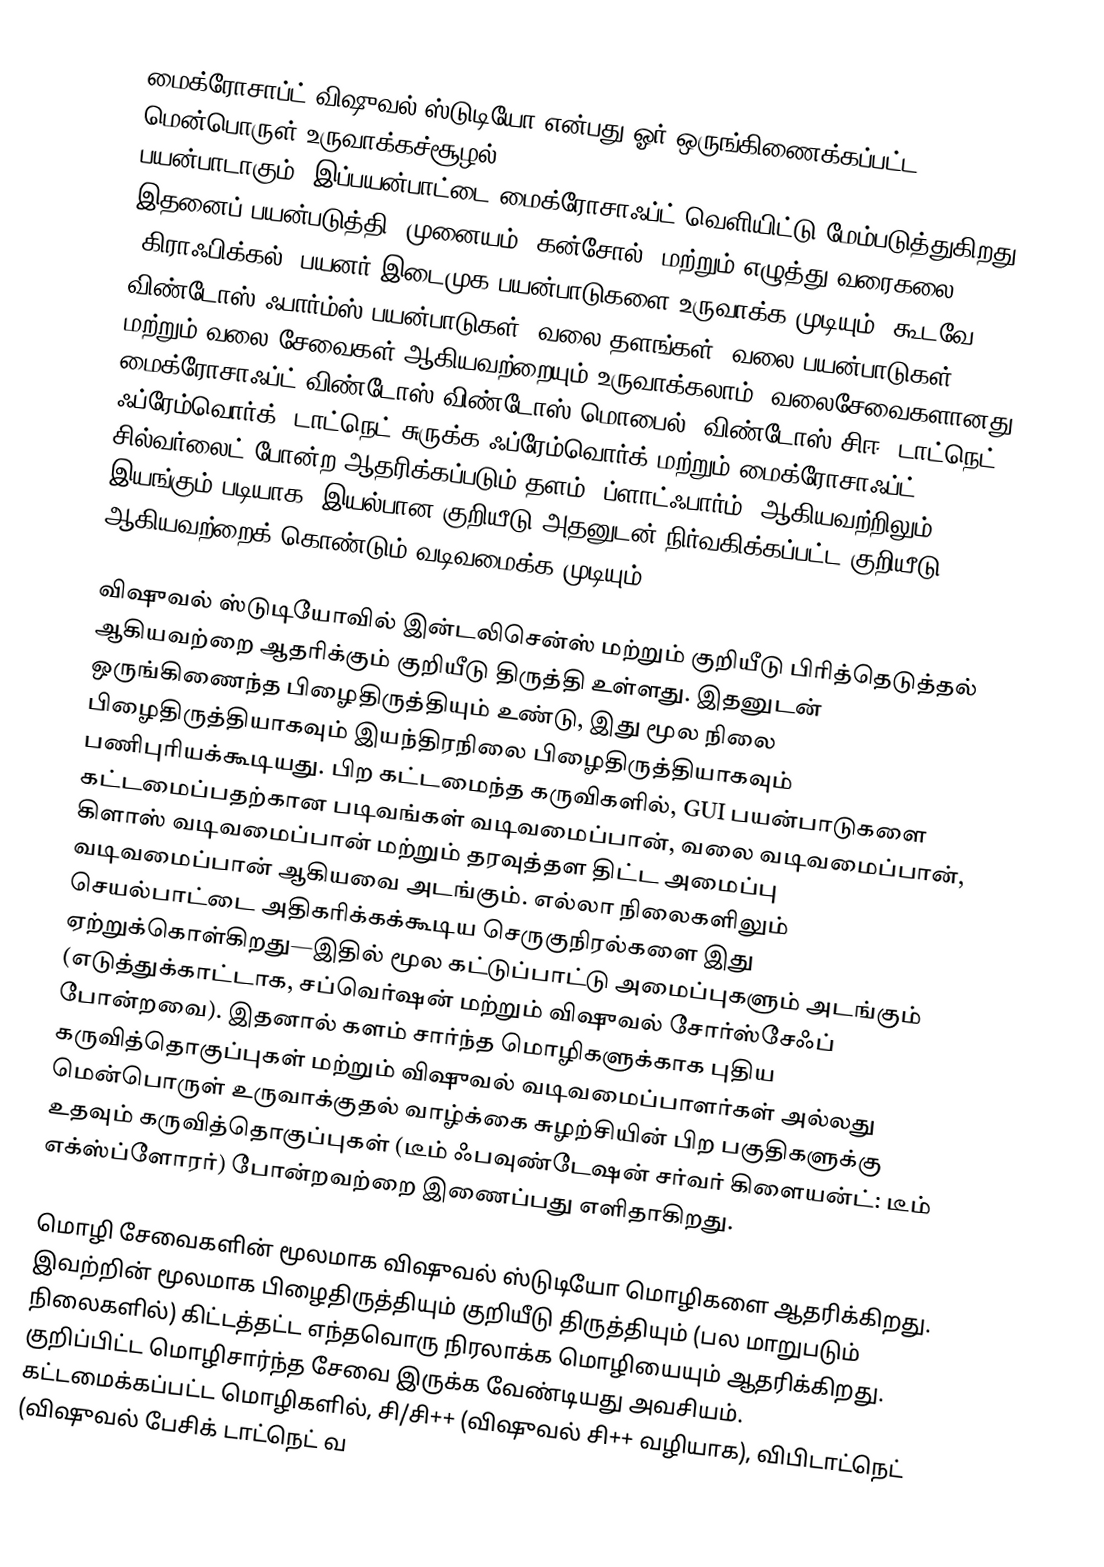
மைக்ரோசாப்ட் விஷுவல் ஸ்டுடியோ என்பது ஓர் ஒருங்கிணைக்கப்பட்ட மென்பொருள் உருவாக்கச்சூழல் (Integrated Development Environment - IDE) பயன்பாடாகும். இப்பயன்பாட்டை மைக்ரோசாஃப்ட் வெளியிட்டு மேம்படுத்துகிறது. இதனைப் பயன்படுத்தி, முனையம் (கன்சோல்) மற்றும் எழுத்து வரைகலை (கிராஃபிக்கல்) பயனர் இடைமுக பயன்பாடுகளை உருவாக்க முடியும், கூடவே விண்டோஸ் ஃபார்ம்ஸ் பயன்பாடுகள், வலை தளங்கள், வலை பயன்பாடுகள் மற்றும் வலை சேவைகள் ஆகியவற்றையும் உருவாக்கலாம். வலைசேவைகளானது மைக்ரோசாஃப்ட் விண்டோஸ் விண்டோஸ் மொபைல், விண்டோஸ் சிஈ, டாட்நெட் ஃப்ரேம்வொர்க், டாட்நெட் சுருக்க ஃப்ரேம்வொர்க் மற்றும் மைக்ரோசாஃப்ட் சில்வர்லைட் போன்ற ஆதரிக்கப்படும் தளம் (ப்ளாட்ஃபார்ம்) ஆகியவற்றிலும் இயங்கும் படியாக, இயல்பான குறியீடு அதனுடன் நிர்வகிக்கப்பட்ட குறியீடு ஆகியவற்றைக் கொண்டும் வடிவமைக்க முடியும்.

விஷுவல் ஸ்டுடியோவில் இன்டலிசென்ஸ் மற்றும் குறியீடு பிரித்தெடுத்தல் ஆகியவற்றை ஆதரிக்கும் குறியீடு திருத்தி உள்ளது. இதனுடன் ஒருங்கிணைந்த பிழைதிருத்தியும் உண்டு, இது மூல நிலை பிழைதிருத்தியாகவும் இயந்திரநிலை பிழைதிருத்தியாகவும் பணிபுரியக்கூடியது. பிற கட்டமைந்த கருவிகளில், GUI பயன்பாடுகளை கட்டமைப்பதற்கான படிவங்கள் வடிவமைப்பான், வலை வடிவமைப்பான், கிளாஸ் வடிவமைப்பான் மற்றும் தரவுத்தள திட்ட அமைப்பு வடிவமைப்பான் ஆகியவை அடங்கும். எல்லா நிலைகளிலும் செயல்பாட்டை அதிகரிக்கக்கூடிய செருகுநிரல்களை இது ஏற்றுக்கொள்கிறது—இதில் மூல கட்டுப்பாட்டு அமைப்புகளும் அடங்கும் (எடுத்துக்காட்டாக, சப்வெர்ஷன் மற்றும் விஷுவல் சோர்ஸ்சேஃப் போன்றவை). இதனால் களம் சார்ந்த மொழிகளுக்காக புதிய கருவித்தொகுப்புகள் மற்றும் விஷுவல் வடிவமைப்பாளர்கள் அல்லது மென்பொருள் உருவாக்குதல் வாழ்க்கை சுழற்சியின் பிற பகுதிகளுக்கு உதவும் கருவித்தொகுப்புகள் (டீம் ஃபவுண்டேஷன் சர்வர் கிளையன்ட்: டீம் எக்ஸ்ப்ளோரர்) போன்றவற்றை இணைப்பது எளிதாகிறது.

மொழி சேவைகளின் மூலமாக விஷுவல் ஸ்டுடியோ மொழிகளை ஆதரிக்கிறது. இவற்றின் மூலமாக பிழைதிருத்தியும் குறியீடு திருத்தியும் (பல மாறுபடும் நிலைகளில்) கிட்டத்தட்ட எந்தவொரு நிரலாக்க மொழியையும் ஆதரிக்கிறது. குறிப்பிட்ட மொழிசார்ந்த சேவை இருக்க வேண்டியது அவசியம். கட்டமைக்கப்பட்ட மொழிகளில், சி/சி++ (விஷுவல் சி++ வழியாக), விபிடாட்நெட் (விஷுவல் பேசிக் டாட்நெட் வ